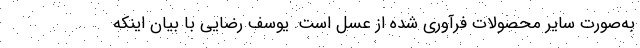
به‌صورت سایر محصولات فرآوری شده از عسل است. یوسف رضایی با بیان اینکه